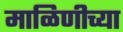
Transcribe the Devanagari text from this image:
माळिणीच्या